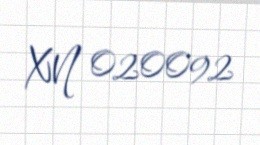
XN 020092